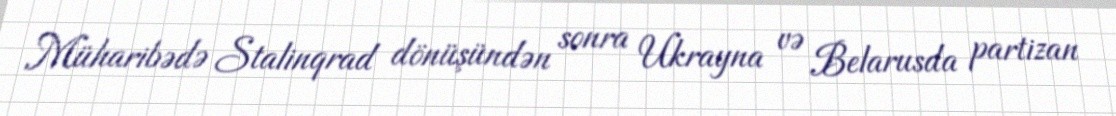
Müharibədə Stalinqrad dönüşündən sonra Ukrayna və Belarusda partizan